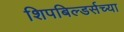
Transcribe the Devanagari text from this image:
शिपबिल्डर्सच्या